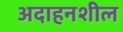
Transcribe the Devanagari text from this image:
अदाहनशील